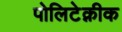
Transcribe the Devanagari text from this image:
पोलिटेक्नीक